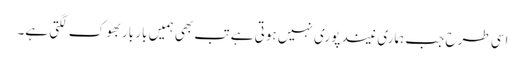
اسی طرح جب ہماری نیند پوری نہیں ہوتی ہے تب بھی ہمیں بار بار بھوک لگتی ہے۔